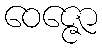
ဝေဇ္ဇော